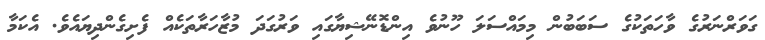
ގަވަރްނަރުގެ ވާހަތަކުގެ ސަބަބުން މިމައްސަލަ ހޫނުވެ އިންޑޮނޭޝިޔާގައި ވަރުގަދަ މުޒާހަރާތަކެއް ފެށިގެންދިޔައެވެ. އެކަމާ